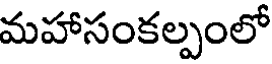
మహాసంకల్పంలో